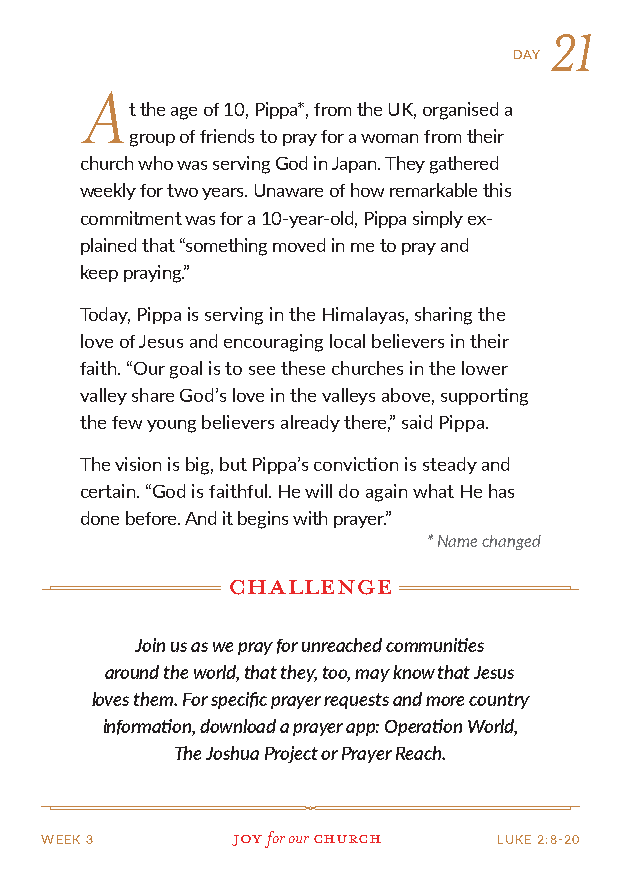
21
 DAY
 A
 t the age of 10, Pippa*, from the UK, organised a
 group of friends to pray for a woman from their
 church who was serving God in Japan. They gathered
 weekly for two years. Unaware of how remarkable this
 commitment was for a 10-year-old, Pippa simply ex-
 plained that “something moved in me to pray and
 keep praying.”
 Today, Pippa is serving in the Himalayas, sharing the
 love of Jesus and encouraging local believers in their
 faith. “Our goal is to see these churches in the lower
 valley share God’s love in the valleys above, supporting
 the few young believers already there,” said Pippa.
 The vision is big, but Pippa’s conviction is steady and
 certain. “God is faithful. He will do again what He has
 done before. And it begins with prayer.”
 * Name changed
 challenge
 Join us as we pray for unreached communities
 around the world, that they, too, may know that Jesus
 loves them. For specific prayer requests and more country
 information, download a prayer app: Operation World,
 The Joshua Project or Prayer Reach.
 WEEK 3      Joy for our church LUKE 2:8-20